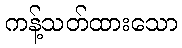
ကန့်သတ်ထားသော